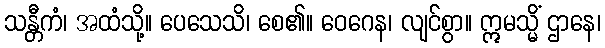
သန္တီကံ၊ အထံသို့။ ပေသေသိ၊ စေ၏။ ဝေဂေန၊ လျင်စွာ။ ဣမသ္မိံ ဌာနေ၊